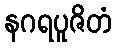
နဂရပူဇိတံ